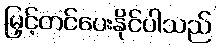
မြှင့်တင်ပေးနိုင်ပါသည်